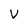
Character: V